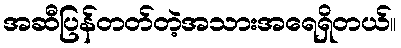
အဆီပြန်တတ်တဲ့အသားအရေရှိတယ်။